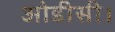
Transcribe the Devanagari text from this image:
ओडीसी।